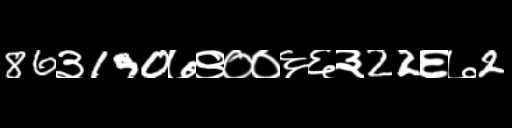
Text: 86३190७९००६६३22६७2